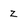
Character: z